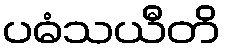
ပဓံသယီတိ